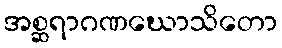
အစ္ဆရာဂဏဃောသိတော